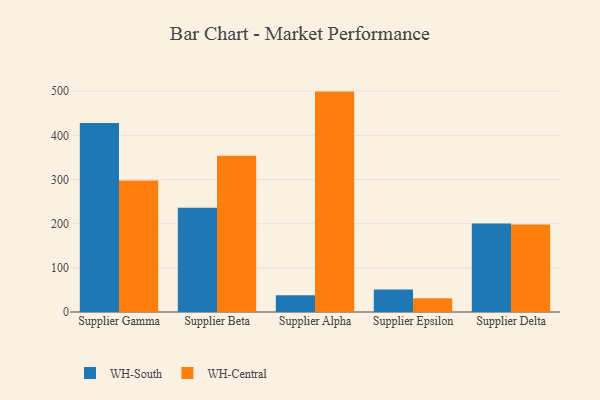
{"axis": {"x": "Supplier", "y": "Gross Profit (USD K)"}, "legend": ["WH-Central", "WH-South"], "data": [{"x": "Supplier Gamma", "y": 428.3, "type": "WH-South"}, {"x": "Supplier Gamma", "y": 298.0, "type": "WH-Central"}, {"x": "Supplier Beta", "y": 236.3, "type": "WH-South"}, {"x": "Supplier Beta", "y": 353.8, "type": "WH-Central"}, {"x": "Supplier Alpha", "y": 37.9, "type": "WH-South"}, {"x": "Supplier Alpha", "y": 499.2, "type": "WH-Central"}, {"x": "Supplier Epsilon", "y": 51.2, "type": "WH-South"}, {"x": "Supplier Epsilon", "y": 31.1, "type": "WH-Central"}, {"x": "Supplier Delta", "y": 200.2, "type": "WH-South"}, {"x": "Supplier Delta", "y": 198.4, "type": "WH-Central"}]}